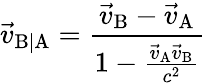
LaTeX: {\vec{v}}_{\mathrm{B|A}}={\frac{{\vec{v}}_{\mathrm{B}}-{\vec{v}}_{\mathrm{A}}}{1-{\frac{{\vec{v}}_{\mathrm{A}}{\vec{v}}_{\mathrm{B}}}{c^{2}}}}}